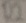
Text: R2